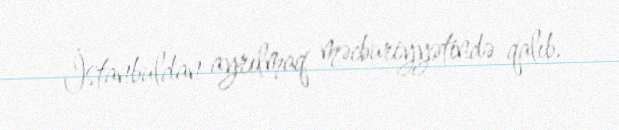
İstanbuldan ayrılmaq məcburiyyətində qalıb.